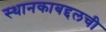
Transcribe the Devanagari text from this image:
स्थानकाबद्दलची